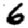
Digit: 6